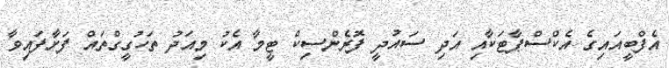
އެފްބީއައިގެ އެކްސްޕާޓަކާއި އަދި ސައުދީ ފޮރެންސިކް ޓީމާ އެކު މިއަދު ތަހުގީގްތައް ފަށާފައިވާ